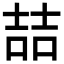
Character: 喆